Punjab Mental Hospital Lahore 1932-46 - 1932-1946
Year: 1932
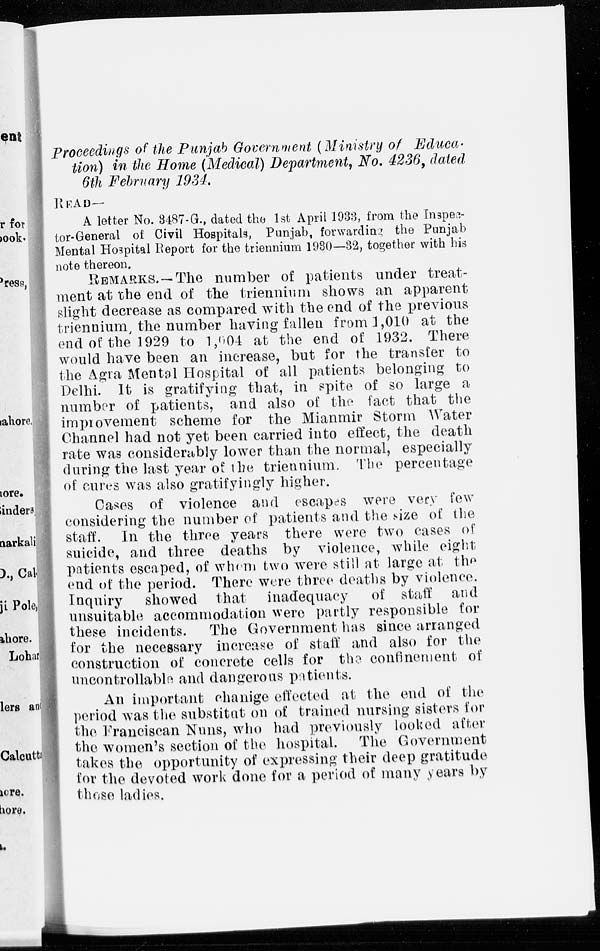
Proceedings of the Punjab Government (Ministry of Educa-
tion) in the Home (Medical) Department, No. 4236, dated
6th February 1934.
READ—
A letter No. 3487-G., dated the 1st April 1933, from the Inspec-
tor-General of Civil Hospitals, Punjab, forwarding the Punjab
Mental Hospital Report for the triennium 1930—32, together with his
note thereon.
REMARKS.—The number of patients under treat-
ment at the end of the triennium shows an apparent
slight decrease as compared with the end of the previous
triennium, the number having fallen from 1,010 at the
end of the 1929 to 1,004 at the end of 1932. There
would have been an increase, but for the transfer to
the Agra Mental Hospital of all patients belonging to
Delhi. It is gratifying that, in spite of so large a
number of patients, and also of the fact that the
improvement scheme for the Mianmir Storm Water
Channel had not yet been carried into effect, the death
rate was considerably lower than the normal, especially
during the last year of the triennium. The percentage
of cures was also gratifyingly higher.
Cases of violence and escapes were very few
considering the number of patients and the size of the
staff. In the three years there were two cases of
suicide, and three deaths by violence, while eight
patients escaped, of whom two were still at large at the
end of the period. There were three deaths by violence.
Inquiry showed that inadequacy of staff and
unsuitable accommodation were partly responsible for
these incidents. The Government has since arranged
for the necessary increase of staff and also for the
construction of concrete cells for the confinement of
uncontrollable and dangerous patients.
An important chanige effected at the end of the
period was the substitut on of trained nursing sisters for
the Franciscan Nuns, who had previously looked after
the women's section of the hospital. The Government
takes the opportunity of expressing their deep gratitude
for the devoted work done for a period of many years by
those ladies.